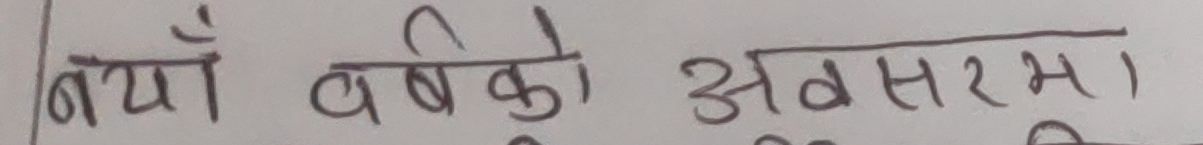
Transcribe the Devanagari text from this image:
बायाँ वर्षको अवसरमा